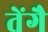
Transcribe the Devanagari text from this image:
तेंगै